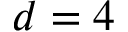
d = 4